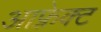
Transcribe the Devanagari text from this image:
आफ़्रेक्ट